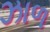
ઝાળ